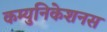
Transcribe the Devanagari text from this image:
कम्युनिकेशनस